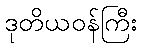
ဒုတိယဝန်ကြီး